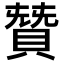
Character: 𮚋